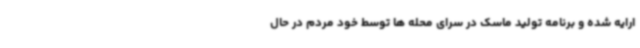
ارایه شده و برنامه تولید ماسک در سرای محله ها توسط خود مردم در حال